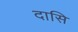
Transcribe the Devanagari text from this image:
दासि